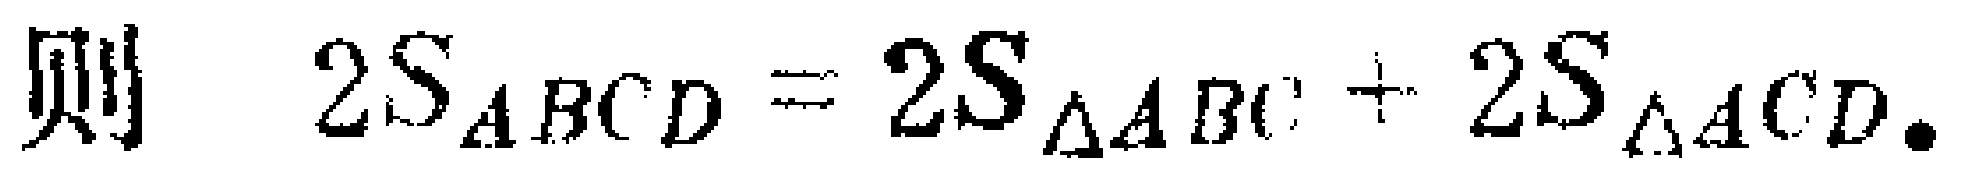
则 \(2S_{ABCD}=2S_{\triangle ABC}+2S_{\triangle ACD}.\)